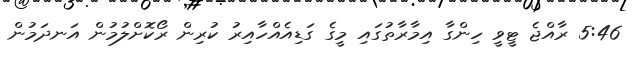
5:46 ރާއްޖެ ޓީވީ ހިންގާ އިމާރާތުގައި މީގެ ގަޑިއެއްހާއިރު ކުރިން ރޯކޮށްލުމުން އަނދަމުން